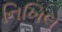
નિખિલ